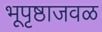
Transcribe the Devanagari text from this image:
भूपृष्ठाजवळ